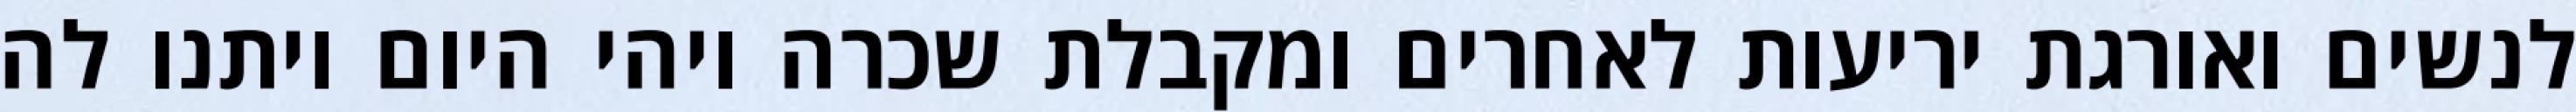
לנשים ואורגת יריעות לאחרים ומקבלת שכרה ויהי היום ויתנו לה